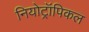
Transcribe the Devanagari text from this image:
नियोट्रॉपिकल